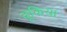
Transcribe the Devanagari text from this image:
ढूकिया